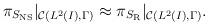
LaTeX: \begin{align*}\pi_{S_{\rm NS}}|_{{\cal C}(L^2(I),\Gamma)}\approx \pi_{S_{\rm R}}|_{{\cal C}(L^2(I),\Gamma)}.\end{align*}